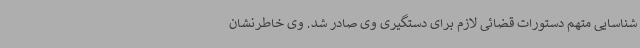
شناسایی متهم دستورات قضائی لازم برای دستگیری وی صادر شد. وی خاطرنشان